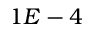
1 E - 4